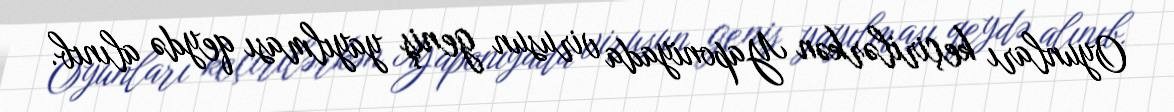
Oyunları keçirilərkən Yaponiyada virusun geniş yayılması qeydə alınıb.